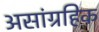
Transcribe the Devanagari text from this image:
असांग्रहिक